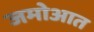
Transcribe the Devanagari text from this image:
जमोआत